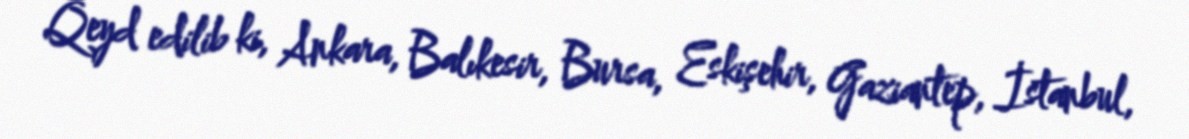
Qeyd edilib ki, Ankara, Balıkesir, Bursa, Eskişehir, Gaziantep, İstanbul,